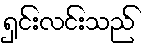
ရှင်းလင်းသည်